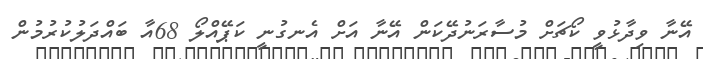
އޭނާ ވިދާޅުވީ ކޯޗަށް މުސާރަނުދޭކަން އޭނާ އަށް އެނގުނީ ކަޕޭއްލޯ 68އާ ބައްދަލުކުރުމުން